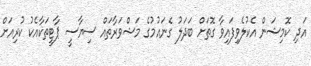
އަދި ކޮމިޝަން އެކުލެވިފައިވާ ގޮތަށް ބަދަލު ގެނައުމުގެ މަޝްވަރާތައް ސިޔާސީ ޕާޓީތަކާއެކު ކުރިއަށް